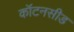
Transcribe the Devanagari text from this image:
कॉटनसीड